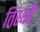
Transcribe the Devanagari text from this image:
तिरक्षी